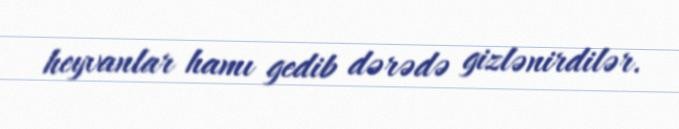
heyvanlar hamı gedib dərədə gizlənirdilər.